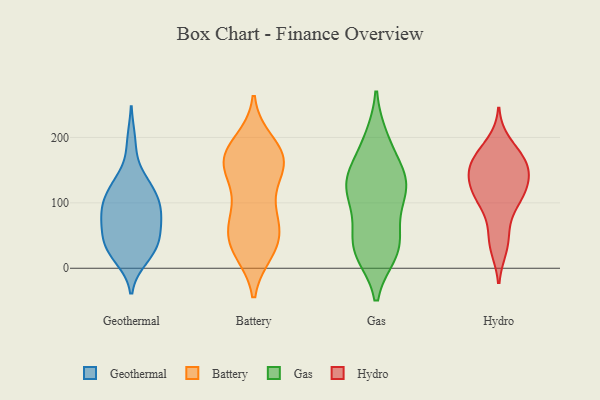
{"axis": {"x": "Bounce Rate (%)", "y": "Value"}, "legend": ["Battery", "Gas", "Geothermal", "Hydro"], "data": [{"x": "", "y": 103, "type": "Geothermal"}, {"x": "", "y": 126, "type": "Geothermal"}, {"x": "", "y": 50, "type": "Geothermal"}, {"x": "", "y": 51, "type": "Geothermal"}, {"x": "", "y": 77, "type": "Geothermal"}, {"x": "", "y": 15, "type": "Geothermal"}, {"x": "", "y": 45, "type": "Geothermal"}, {"x": "", "y": 87, "type": "Geothermal"}, {"x": "", "y": 24, "type": "Geothermal"}, {"x": "", "y": 28, "type": "Geothermal"}, {"x": "", "y": 139, "type": "Geothermal"}, {"x": "", "y": 27, "type": "Geothermal"}, {"x": "", "y": 106, "type": "Geothermal"}, {"x": "", "y": 81, "type": "Geothermal"}, {"x": "", "y": 194, "type": "Geothermal"}, {"x": "", "y": 98, "type": "Geothermal"}, {"x": "", "y": 125, "type": "Geothermal"}, {"x": "", "y": 70, "type": "Geothermal"}, {"x": "", "y": 57, "type": "Battery"}, {"x": "", "y": 158, "type": "Battery"}, {"x": "", "y": 33, "type": "Battery"}, {"x": "", "y": 42, "type": "Battery"}, {"x": "", "y": 163, "type": "Battery"}, {"x": "", "y": 145, "type": "Battery"}, {"x": "", "y": 170, "type": "Battery"}, {"x": "", "y": 91, "type": "Battery"}, {"x": "", "y": 147, "type": "Battery"}, {"x": "", "y": 30, "type": "Battery"}, {"x": "", "y": 27, "type": "Battery"}, {"x": "", "y": 163, "type": "Battery"}, {"x": "", "y": 82, "type": "Battery"}, {"x": "", "y": 89, "type": "Battery"}, {"x": "", "y": 51, "type": "Battery"}, {"x": "", "y": 192, "type": "Battery"}, {"x": "", "y": 178, "type": "Battery"}, {"x": "", "y": 176, "type": "Battery"}, {"x": "", "y": 46, "type": "Gas"}, {"x": "", "y": 128, "type": "Gas"}, {"x": "", "y": 194, "type": "Gas"}, {"x": "", "y": 100, "type": "Gas"}, {"x": "", "y": 198, "type": "Gas"}, {"x": "", "y": 61, "type": "Gas"}, {"x": "", "y": 150, "type": "Gas"}, {"x": "", "y": 147, "type": "Gas"}, {"x": "", "y": 24, "type": "Gas"}, {"x": "", "y": 116, "type": "Gas"}, {"x": "", "y": 111, "type": "Gas"}, {"x": "", "y": 27, "type": "Gas"}, {"x": "", "y": 31, "type": "Gas"}, {"x": "", "y": 139, "type": "Gas"}, {"x": "", "y": 23, "type": "Gas"}, {"x": "", "y": 127, "type": "Gas"}, {"x": "", "y": 32, "type": "Hydro"}, {"x": "", "y": 121, "type": "Hydro"}, {"x": "", "y": 140, "type": "Hydro"}, {"x": "", "y": 166, "type": "Hydro"}, {"x": "", "y": 164, "type": "Hydro"}, {"x": "", "y": 174, "type": "Hydro"}, {"x": "", "y": 55, "type": "Hydro"}, {"x": "", "y": 191, "type": "Hydro"}, {"x": "", "y": 112, "type": "Hydro"}, {"x": "", "y": 126, "type": "Hydro"}, {"x": "", "y": 136, "type": "Hydro"}, {"x": "", "y": 149, "type": "Hydro"}, {"x": "", "y": 157, "type": "Hydro"}, {"x": "", "y": 102, "type": "Hydro"}, {"x": "", "y": 93, "type": "Hydro"}, {"x": "", "y": 164, "type": "Hydro"}, {"x": "", "y": 36, "type": "Hydro"}, {"x": "", "y": 110, "type": "Hydro"}]}